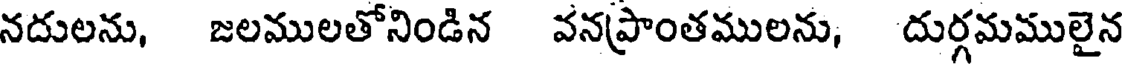
నదులను, జలములతోనిండిన వనప్రాంతములను, దుర్గమములైన